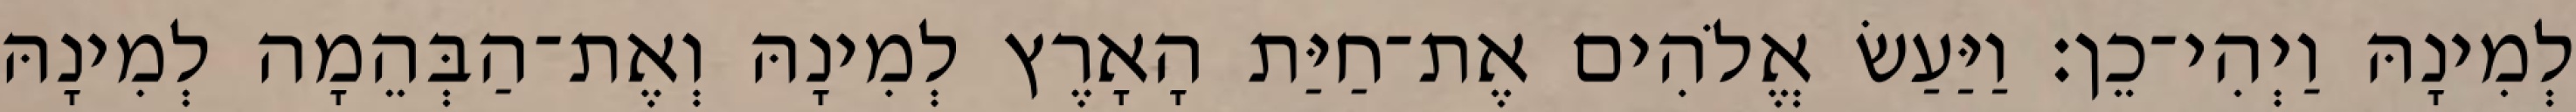
לְמִינָהּ וַיְהִי־כֵן׃ וַיַּעַשׂ אֱלֹהִים אֶת־חַיַּת הָאָרֶץ לְמִינָהּ וְאֶת־הַבְּהֵמָה לְמִינָהּ